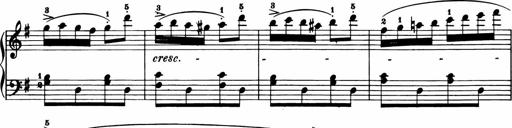
Title: 11 Sonatinas for Piano Solo
Composer: Anton Diabelli